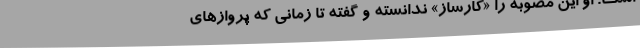
است. او این مصوبه را «کارساز» ندانسته و گفته تا زمانی که پروازهای